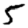
Digit: 5